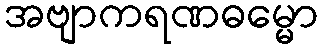
အဗျာကရဏဓမ္မော